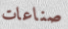
صناعات